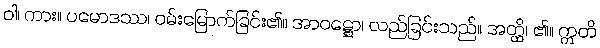
ဝါ၊ ကား။ ပမောဒဿ၊ ဝမ်းမြောက်ခြင်း၏။ အာဝဋ္ဋော၊ လည်ခြင်းသည်။ အတ္ထိ၊ ၏။ ဣတိ